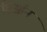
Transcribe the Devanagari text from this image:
डिऑन